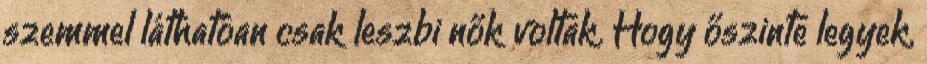
szemmel láthatóan csak leszbi nők voltak. Hogy őszinte legyek,